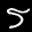
Label: 5